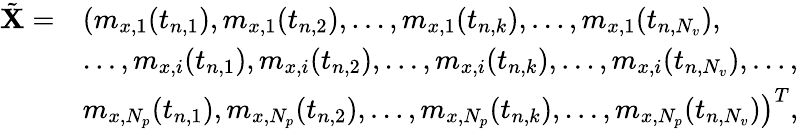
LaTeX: \begin{array}{rl}{\tilde{\mathbf{X}}=}&{\left(m_{x,1}(t_{n,1}),m_{x,1}(t_{n,2}),\ldots,m_{x,1}(t_{n,k}),\ldots,m_{x,1}(t_{n,N_{v}}),\right.}\\ &{\left.\ldots,m_{x,i}(t_{n,1}),m_{x,i}(t_{n,2}),\ldots,m_{x,i}(t_{n,k}),\ldots,m_{x,i}(t_{n,N_{v}}),\ldots,\right.}\\ &{\left.m_{x,N_{p}}(t_{n,1}),m_{x,N_{p}}(t_{n,2}),\ldots,m_{x,N_{p}}(t_{n,k}),\ldots,m_{x,N_{p}}(t_{n,N_{v}})\right)^{T},}\end{array}